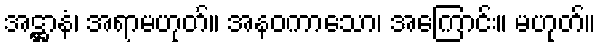
အဋ္ဌာနံ၊ အရာမဟုတ်။ အနဝကာသော၊ အကြောင်း။ မဟုတ်။